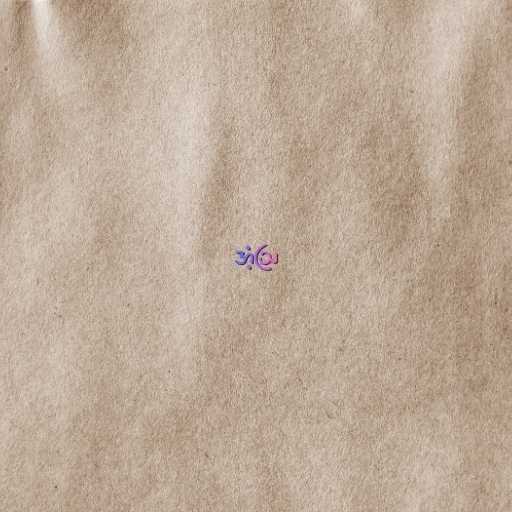
အံ့ဩ